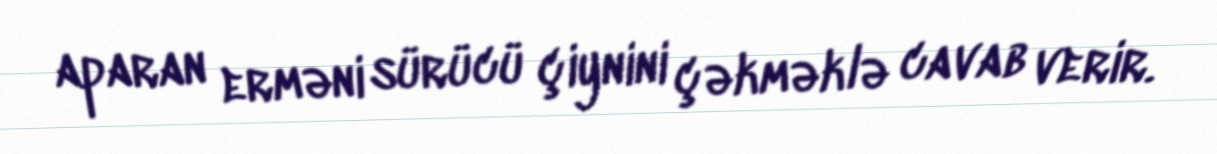
aparan erməni sürücü çiynini çəkməklə cavab verir.